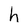
Character: h